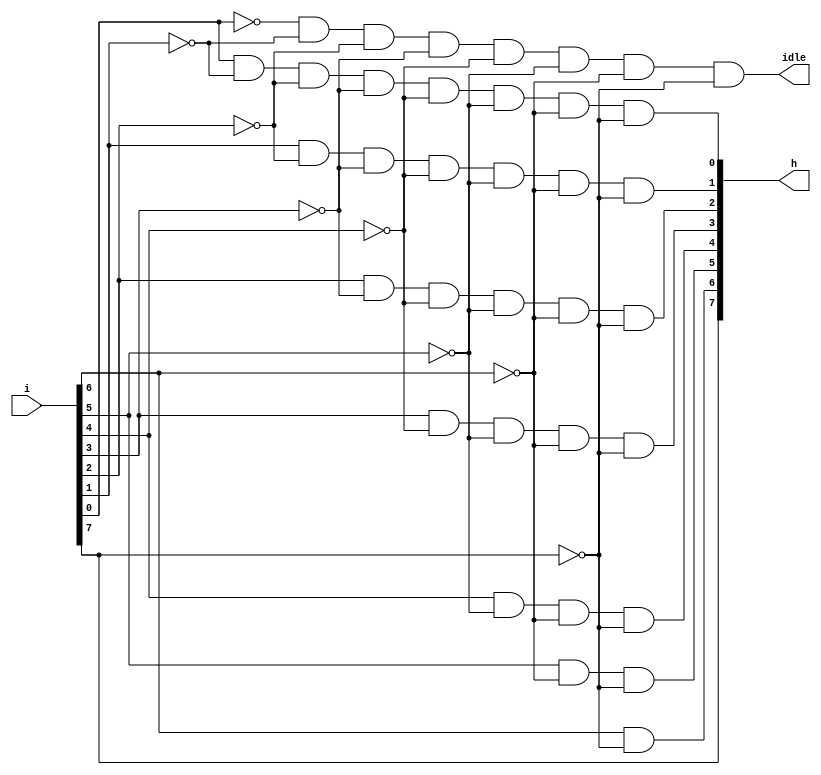
/******************************************************************************************************************

This source code is a work of its author. No part of it should be copied and pasted for any commercial purpose. 
This code is purely for educational purposes. If required, this code can be cloned from GitHub repository.

Filename	: pr_circuit.v

Description	: Priority Circuit Design

Author Name	: Deep Kar Sarkar

Version		: 1.0

*******************************************************************************************************************/

module pr_circuit(i,h,idle);
	input [7:0]i;
	output [7:0]h;
	output idle;
	
	assign h[7]=i[7];
	assign h[6]=i[6]&~i[7];
	assign h[5]=i[5]&~i[6]&~i[7];
	assign h[4]=i[4]&~i[5]&~i[6]&~i[7];
	assign h[3]=i[3]&~i[4]&~i[5]&~i[6]&~i[7];
	assign h[2]=i[2]&~i[3]&~i[4]&~i[5]&~i[6]&~i[7];
	assign h[1]=i[1]&~i[2]&~i[3]&~i[4]&~i[5]&~i[6]&~i[7];
	assign h[0]=i[0]&~i[1]&~i[2]&~i[3]&~i[4]&~i[5]&~i[6]&~i[7];
	assign idle=~i[0]&~i[1]&~i[2]&~i[3]&~i[4]&~i[5]&~i[6]&~i[7];	
endmodule